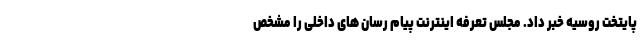
پایتخت روسیه خبر داد. مجلس تعرفه اینترنت پیام رسان های داخلی را مشخص